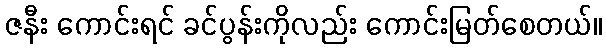
ဇနီး ကောင်းရင် ခင်ပွန်းကိုလည်း ကောင်းမြတ်စေတယ်။